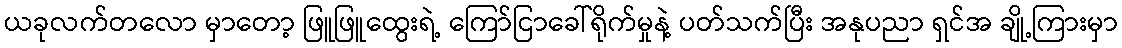
ယခုလက်တလော မှာတော့ ဖြူဖြူထွေးရဲ့ ကြော်ငြာခေါ်ရိုက်မှုနဲ့ ပတ်သက်ပြီး အနုပညာ ရှင်အ ချို့ကြားမှာ